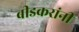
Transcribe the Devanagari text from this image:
बीडकरांनी